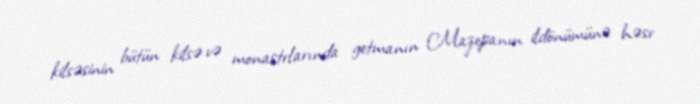
kilsəsinin bütün kilsə və monastrlarında getmanın Mazepanın ildönümünə həsr